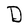
Character: D